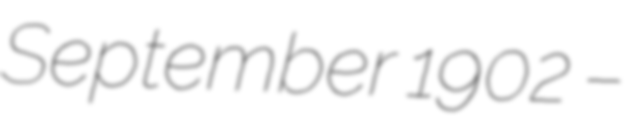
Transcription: September 1902 –